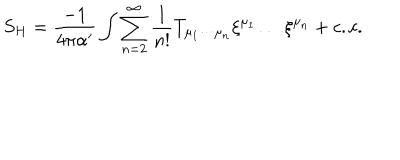
S _ { H } = \frac { - 1 } { 4 \pi \alpha ^ { \prime } } \int \sum _ { n = 2 } ^ { \infty } \frac { 1 } { n ! } T _ { \mu _ { 1 } \cdots \mu _ { n } } \xi ^ { \mu _ { 1 } } \ldots \xi ^ { \mu _ { n } } + c . c .